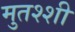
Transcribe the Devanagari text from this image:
मुतश्शी